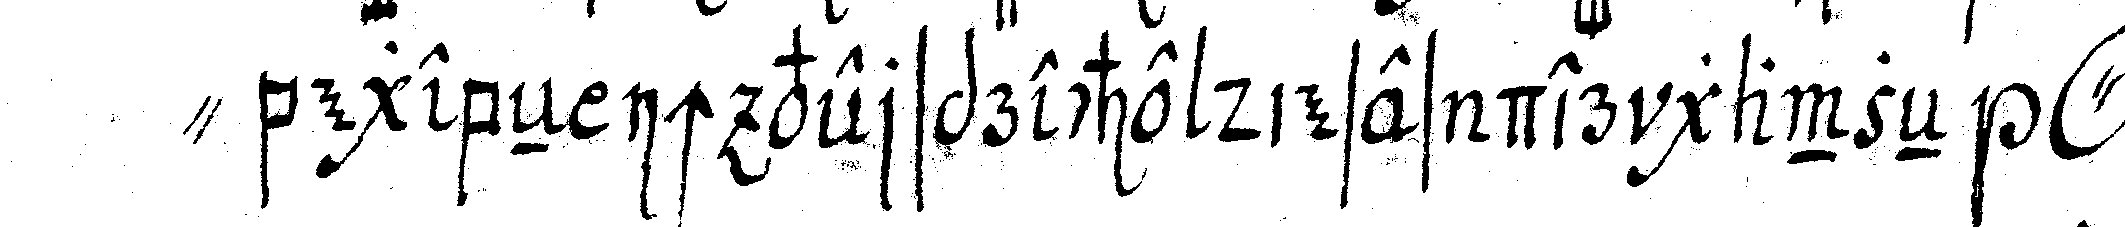
" begebeN ich verspreche dieses der ganzeN *o*